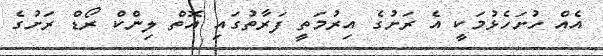
އެއް ހުށަހެޅުމަކީ އެ ރަށުގެ އިރުމަތީ ފަރާތުގައި އޮތް ލިންކް ރޯޑް ރަށުގެ